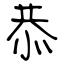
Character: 恭